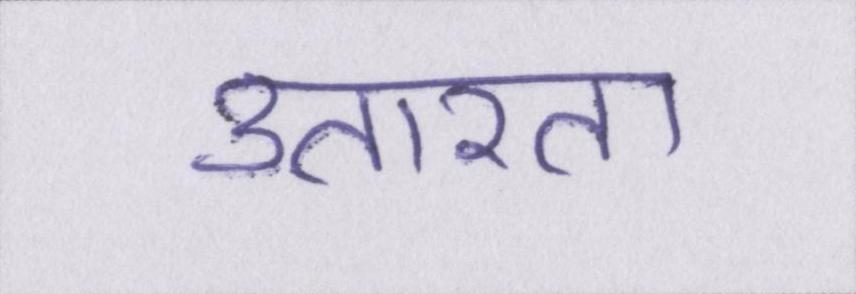
उतारता